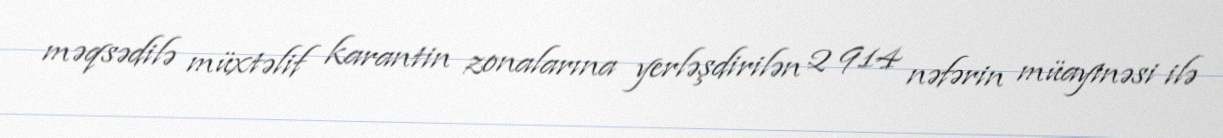
məqsədilə müxtəlif karantin zonalarına yerləşdirilən 2 914 nəfərin müayinəsi ilə